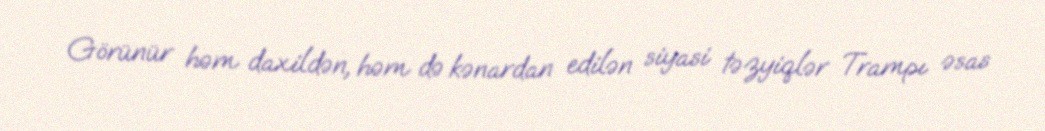
Görünür həm daxildən, həm də kənardan edilən siyasi təzyiqlər Trampı əsas